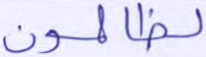
لظالمون